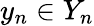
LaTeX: y_{n}\in Y_{n}